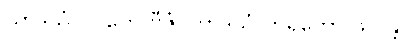
ယာဒိသံ ဝပတေ ဗီဇံ၊ တာဒိသံ ဟရတော ဖလန္တိ။